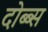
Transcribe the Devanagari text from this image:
दोब्ब्स